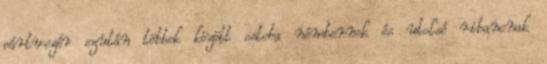
pártvezér ezután többek között ostoba némbernek és utolsó ribancnak